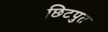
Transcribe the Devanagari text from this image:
छिटपुत